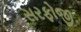
સરફોજી